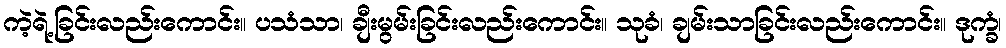
ကဲ့ရဲ့ခြင်းလည်းကောင်း။ ပသံသာ၊ ချီးမွမ်းခြင်းလည်းကောင်း။ သုခံ၊ ချမ်းသာခြင်းလည်းကောင်း။ ဒုက္ခံ၊